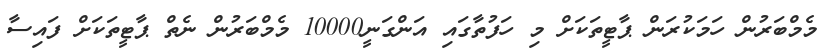
މެމްބަރުން ހަމަކުރަން ޕާޓީތަކަށް މި ހަފުތާގައި އަންގަނީ10000 މެމްބަރުން ނެތް ޕާޓީތަކަށް ފައިސާ